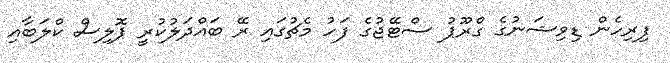
ފިރިހެން ޑިވިޝަނުގެ ގްރޫޕު ސްޓޭޖުގެ ފަހު މެޗުގައި ރޭ ބައްދަލުކުރީ ޕޮލިސް ކްލަބާއި